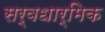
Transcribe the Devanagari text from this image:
सर्वधार्मिक